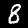
Digit: 8